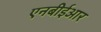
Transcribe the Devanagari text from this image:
एनबीईआर